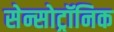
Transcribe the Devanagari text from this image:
सेन्सोट्रॉनिक